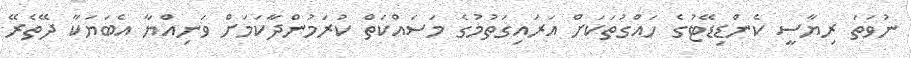
ނުވަތަ ރިޔާސީ ކެންޑިޑޭޓުގެ ހައްގުތަކަށް އަރައިގަތުމުގެ މަސައްކަތް ކުރަމުންދާކަމަށް ވަނިއްޔާ އެބަޔަކާ ދޭތެރޭ